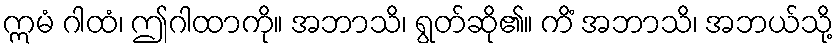
ဣမံ ဂါထံ၊ ဤဂါထာကို။ အဘာသိ၊ ရွတ်ဆို၏။ ကိံ အဘာသိ၊ အဘယ်သို့